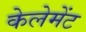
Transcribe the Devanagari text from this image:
केलेमेंट